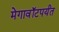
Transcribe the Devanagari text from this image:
मेगावॉटपर्यंत